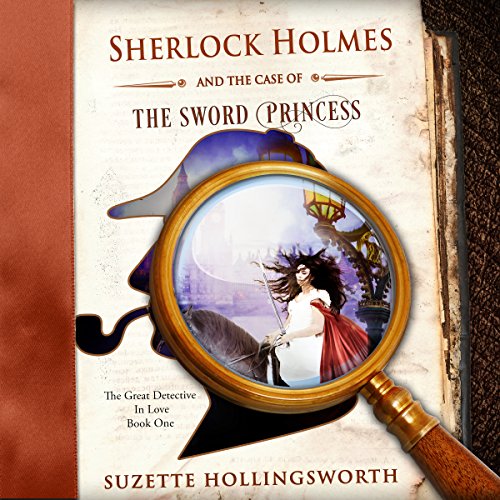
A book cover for Sherlock Holmes and the Case of the Sword Princess: The Great Detective in Love, Book 1; Suzette Hollingsworth; Romance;